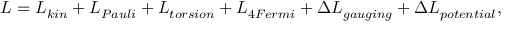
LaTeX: { \cal L } = { \cal L } _ { k i n } + { \cal L } _ { P a u l i } + { \cal L } _ { t o r s i o n } + { \cal L } _ { 4 F e r m i } + \Delta { \cal L } _ { g a u g i n g } + \Delta { \cal L } _ { p o t e n t i a l } ,